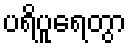
ပရိပူရေတွာ